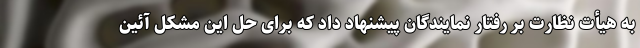
به هیأت نظارت بر رفتار نمایندگان پیشنهاد داد که برای حل این مشکل آئین